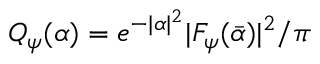
Q _ { \psi } ( \alpha ) = e ^ { - | \alpha | ^ { 2 } } | F _ { \psi } ( \bar { \alpha } ) | ^ { 2 } / \pi